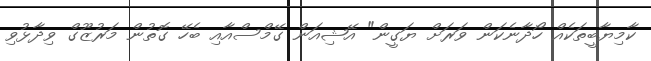
ކާމިޔާބީތަކެއް ހޯދާނެކަން ވަރަށް ޔަގީން" އޭޝިއަން ގޭމްސްއާއި ބެހޭ ގޮތުން މަރުޒޫގް ވިދާޅުވި